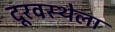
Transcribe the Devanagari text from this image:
दूरवस्थेला